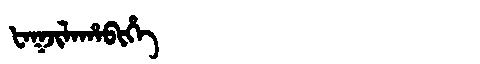
Manchu: ᡶᠠᡴᠵᡳᠯᠠᡥᠠᠪᡳᡥᡝ
Romanization: FAKJILAHABIHE